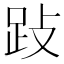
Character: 𰸅